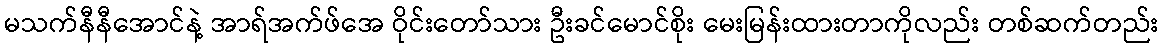
မသက်နီနီအောင်နဲ့ အာရ်အက်ဖ်အေ ဝိုင်းတော်သား ဦးခင်မောင်စိုး မေးမြန်းထားတာကိုလည်း တစ်ဆက်တည်း